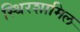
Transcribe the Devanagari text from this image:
स्थिरशामिल